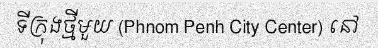
ទីក្រុងថ្មីមួយ (Phnom Penh City Center) នៅ